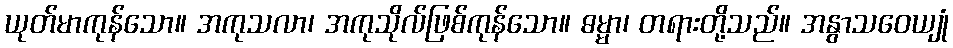
ယုတ်မာကုန်သော။ အကုသလာ၊ အကုသိုလ်ဖြစ်ကုန်သော။ ဓမ္မာ၊ တရားတို့သည်။ အနွာသဝေယျုံ